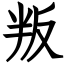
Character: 叛